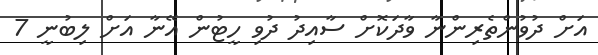
އަށް ދުވުންތެރިންނާ ވާދަކޮށް ސާއިދު ދުވި ހީޓުން އޭނާ އަށް ލިބުނީ 7